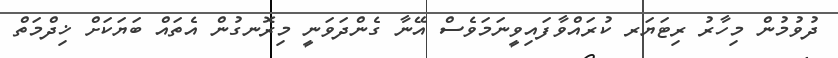
ދުވުމުން މިހާރު ރިޓަޔަރ ކުރައްވާފައިވީނަމަވެސް އޭނާ ގެންދަވަނީ މިރޮނގުން އެތައް ބަޔަކަށް ޚިދްމަތް